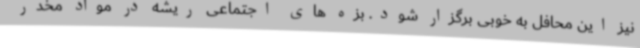
نیز این محافل به خوبی برگزار شود. بزه های اجتماعی ریشه در مواد مخدر